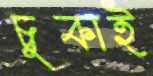
চুকাই